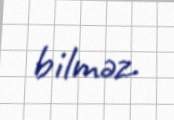
bilməz.